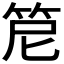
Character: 𥬩